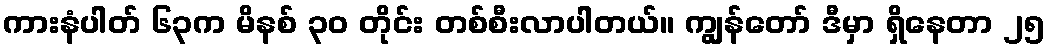
ကားနံပါတ် ၆၃က မိနစ် ၃၀ တိုင်း တစ်စီးလာပါတယ်။ ကျွန်တော် ဒီမှာ ရှိနေတာ ၂၅